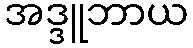
အဒ္ဒူဘာယ